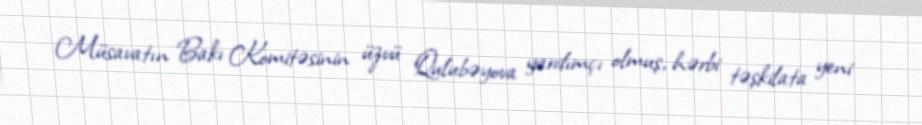
Müsavatın Bakı Komitəsinin üzvü Qulubəyova yardımçı olmuş, hərbi təşkilata yeni